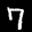
Label: 7